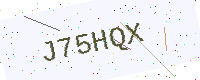
Text: J75HQX